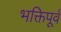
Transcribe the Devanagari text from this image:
भक्तिपूर्व